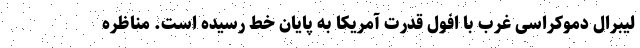
لیبرال دموکراسی غرب با افول قدرت آمریکا به پایان خط رسیده است. مناظره